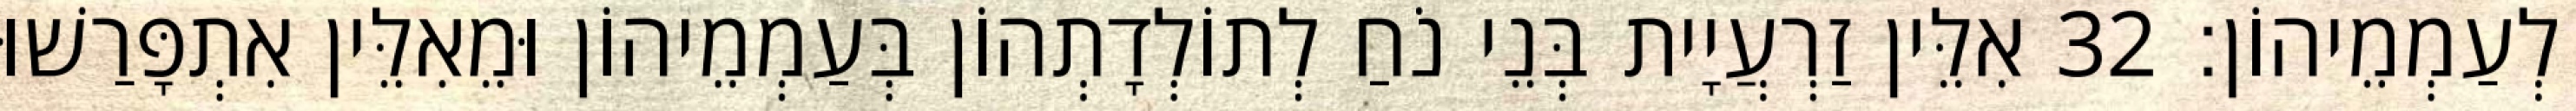
לְעַמְמֵיהוֹן׃ 32 אִלֵּין זַרְעֲיָית בְּנֵי נֹחַ לְתוֹלְדָתְהוֹן בְּעַמְמֵיהוֹן וּמֵאִלֵּין אִתְפָּרַשׁוּ